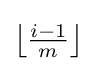
{\textstyle \left\lfloor {\frac {i-1}{m}}\right\rfloor }